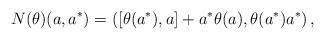
LaTeX: \begin{align*} N(\theta)(a,a^{*}) = ([\theta(a^{*}),a] + a^{*}\theta(a), \theta(a^{*})a^{*})\,, \end{align*}